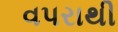
વપરાથી